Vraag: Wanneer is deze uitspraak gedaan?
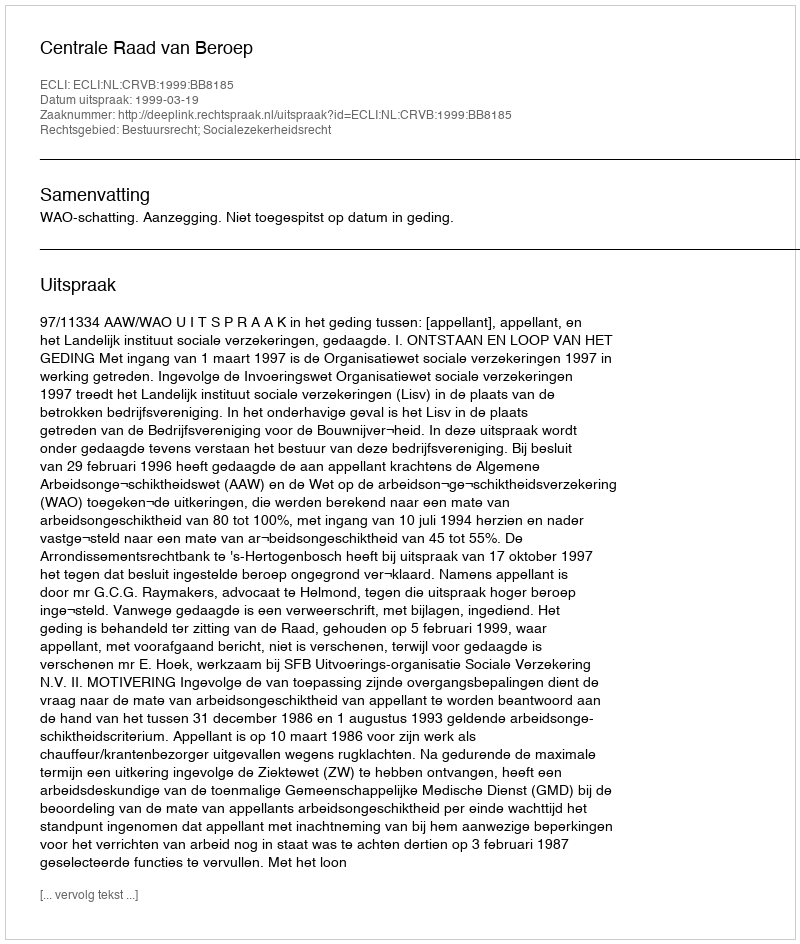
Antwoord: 1999-03-19